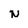
Character: N